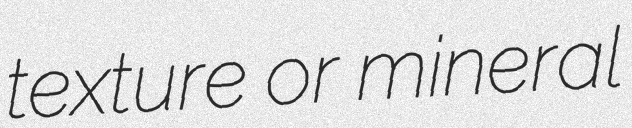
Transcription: texture or mineral